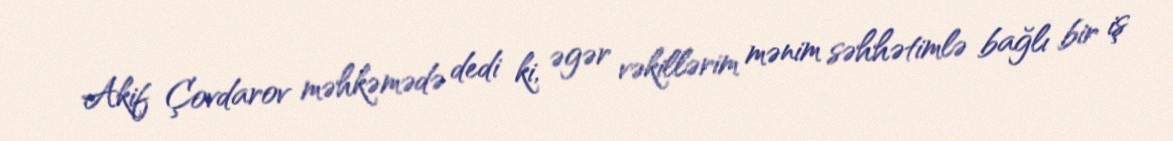
Akif Çovdarov məhkəmədə dedi ki, əgər vəkillərim mənim səhhətimlə bağlı bir iş